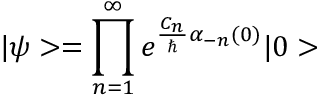
| \psi > = \prod _ { n = 1 } ^ { \infty } e ^ { { \frac { C _ { n } } { \hbar } } \alpha _ { - n } ( 0 ) } | 0 >